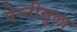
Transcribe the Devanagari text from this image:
पेन्‍नीसुला